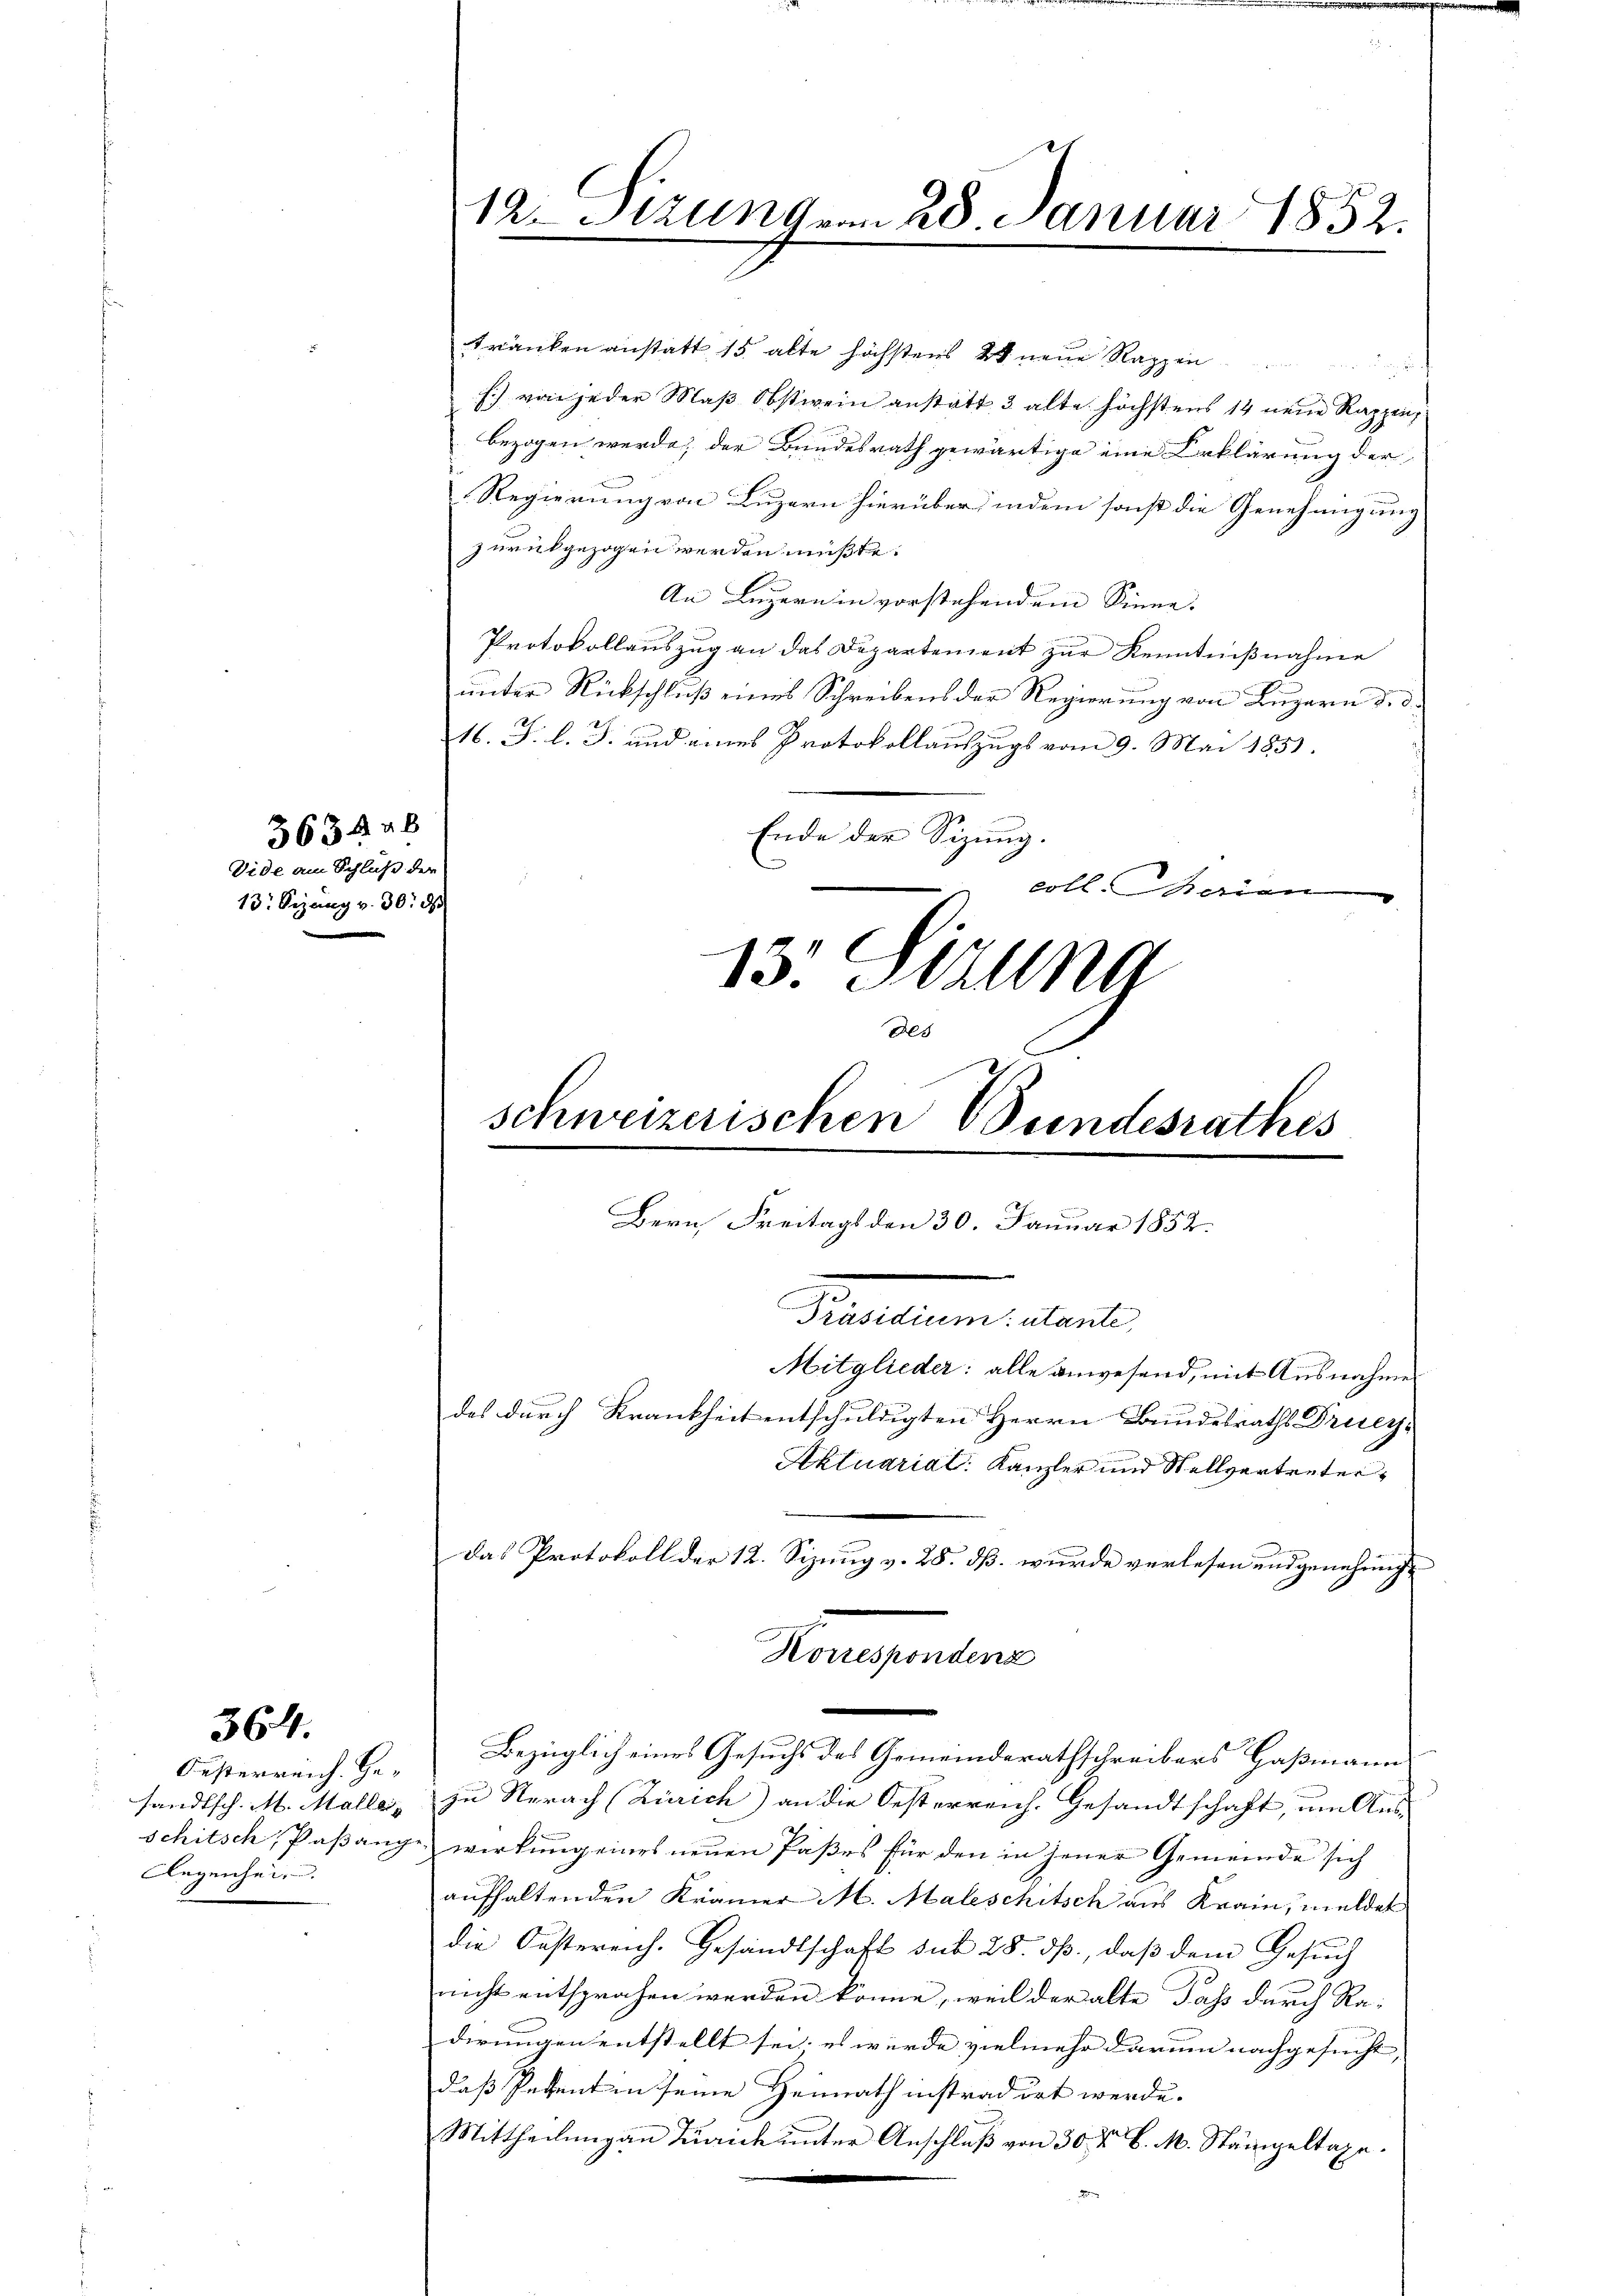
364.

Festerreich. Ge¬
Anzeichen.

3634 ab
Vide am Schluß der
13: Sizung v. 30. d

tränken anstatt 15 alte höchstens 2 neue Rappen
s.) von jeder Maß Obstwein anstatt 3 alte höchstens 14 neue Rappen,
bezogen werde; der Bundesrath gewärtige eine Erklärung der
Regierung von Luzern hierüber, indem sonst die Genehmigung
zurückgezogen werden müßte.
An Luzern in vorstehendem Sinne. |
Protokollauszug an das Departement zur Kenntnißnahme
unter Rückschluß eines Schreibens der Regierung von Luzern d. d.
16. J. l. J. und eines Protokollauszugs vom 9. Mai 1853.
Ende der Sizung.
coll. Marien
13. Sizung

12. Sizung von 28. Januar 1852.

Bern Freitags den 30. Januar 1852.
Fraten der
Mitglieder: alle anwesend, mit Ausnahme
das durch Krankheit entschuldigten Herrn Bundesraths Dricy,
Aktuarial Kanzler und Wellvertreter¬

Als
schweizerischen Bundesrathes

das Protokoll der 12. Sizung v. 28. ds. wurde verlesen und genehmig
sandtsch. M. Malle zu Nerach (Zürich) an die Oesterreich. Gesandtschaft, um Aus-
schitsch, Paβange wirkŭng eines neŭen Paßes für den in jener Gemeinde sich
aufhaltenden Krämer M. Maleschitsch aus Krain, meldet
die Oesterrich. Gesandtschaft sub 28. ds., daß dem Gesuch
nicht entsprochen werden könne, weil der alte Pass durch Ra-
dirungen entstellt sei; es wurde vielmehr darum nachgesucht, |
daß Petent in seine Heimath instradirt werde.
Mittheilung an Turich unter Anschluß von 30 Fr. 6. M. Stämpeltage.

Konsenten
Bezüglich eines Gesuchs des Gemeinderathschreibers Gaßmann